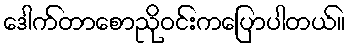
ဒေါက်တာစောညိုဝင်းကပြောပါတယ်။